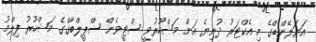
އަޔަލޭންޑްގެ މި އެކްޓަރު ދުނިޔެ އަށް މަޝްހޫރުވީ ސްޓީވެން ސްޕީލްބާގްގެ މަޝްހޫރު ފިލްމު